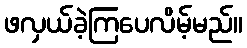
ဖလှယ်ခဲ့ကြပေလိမ့်မည်။